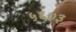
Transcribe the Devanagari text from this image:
५६०३